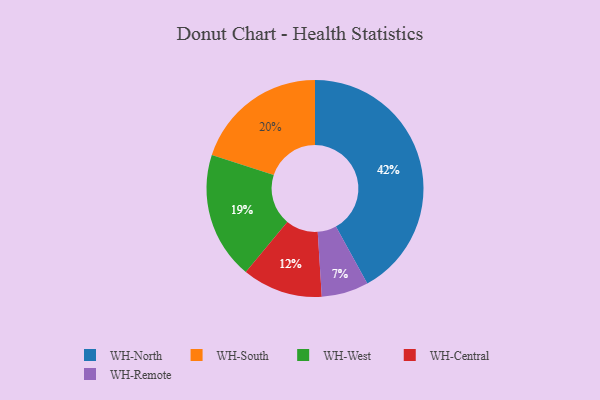
{"axis": {"x": "Category", "y": "Percentage"}, "legend": ["WH-Central", "WH-North", "WH-Remote", "WH-South", "WH-West"], "data": [{"x": "WH-Central", "y": 12, "type": "WH-Central"}, {"x": "WH-West", "y": 19, "type": "WH-West"}, {"x": "WH-South", "y": 20, "type": "WH-South"}, {"x": "WH-North", "y": 42, "type": "WH-North"}, {"x": "WH-Remote", "y": 7, "type": "WH-Remote"}]}